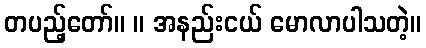
တပည့်တော်။ ။ အနည်းငယ် မောလာပါသတဲ့။